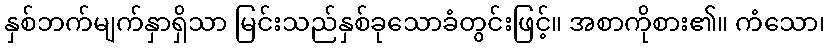
နှစ်ဘက်မျက်နှာရှိသာ မြင်းသည်နှစ်ခုသောခံတွင်းဖြင့်။ အစာကိုစား၏။ ကံသော၊